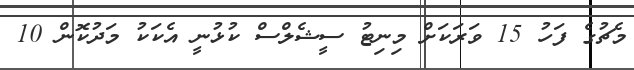
މެޗުގެ ފަހު 15 ވަރަކަށް މިނިޓު ސީޝެލްސް ކުޅުނީ އެކަކު މަދުކޮން 10